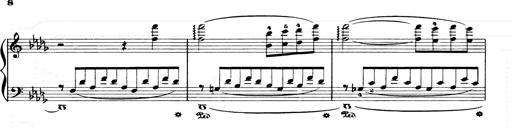
Title: Consolations and LiebestrÃ¤ume for the Piano
Composer: Franz Liszt